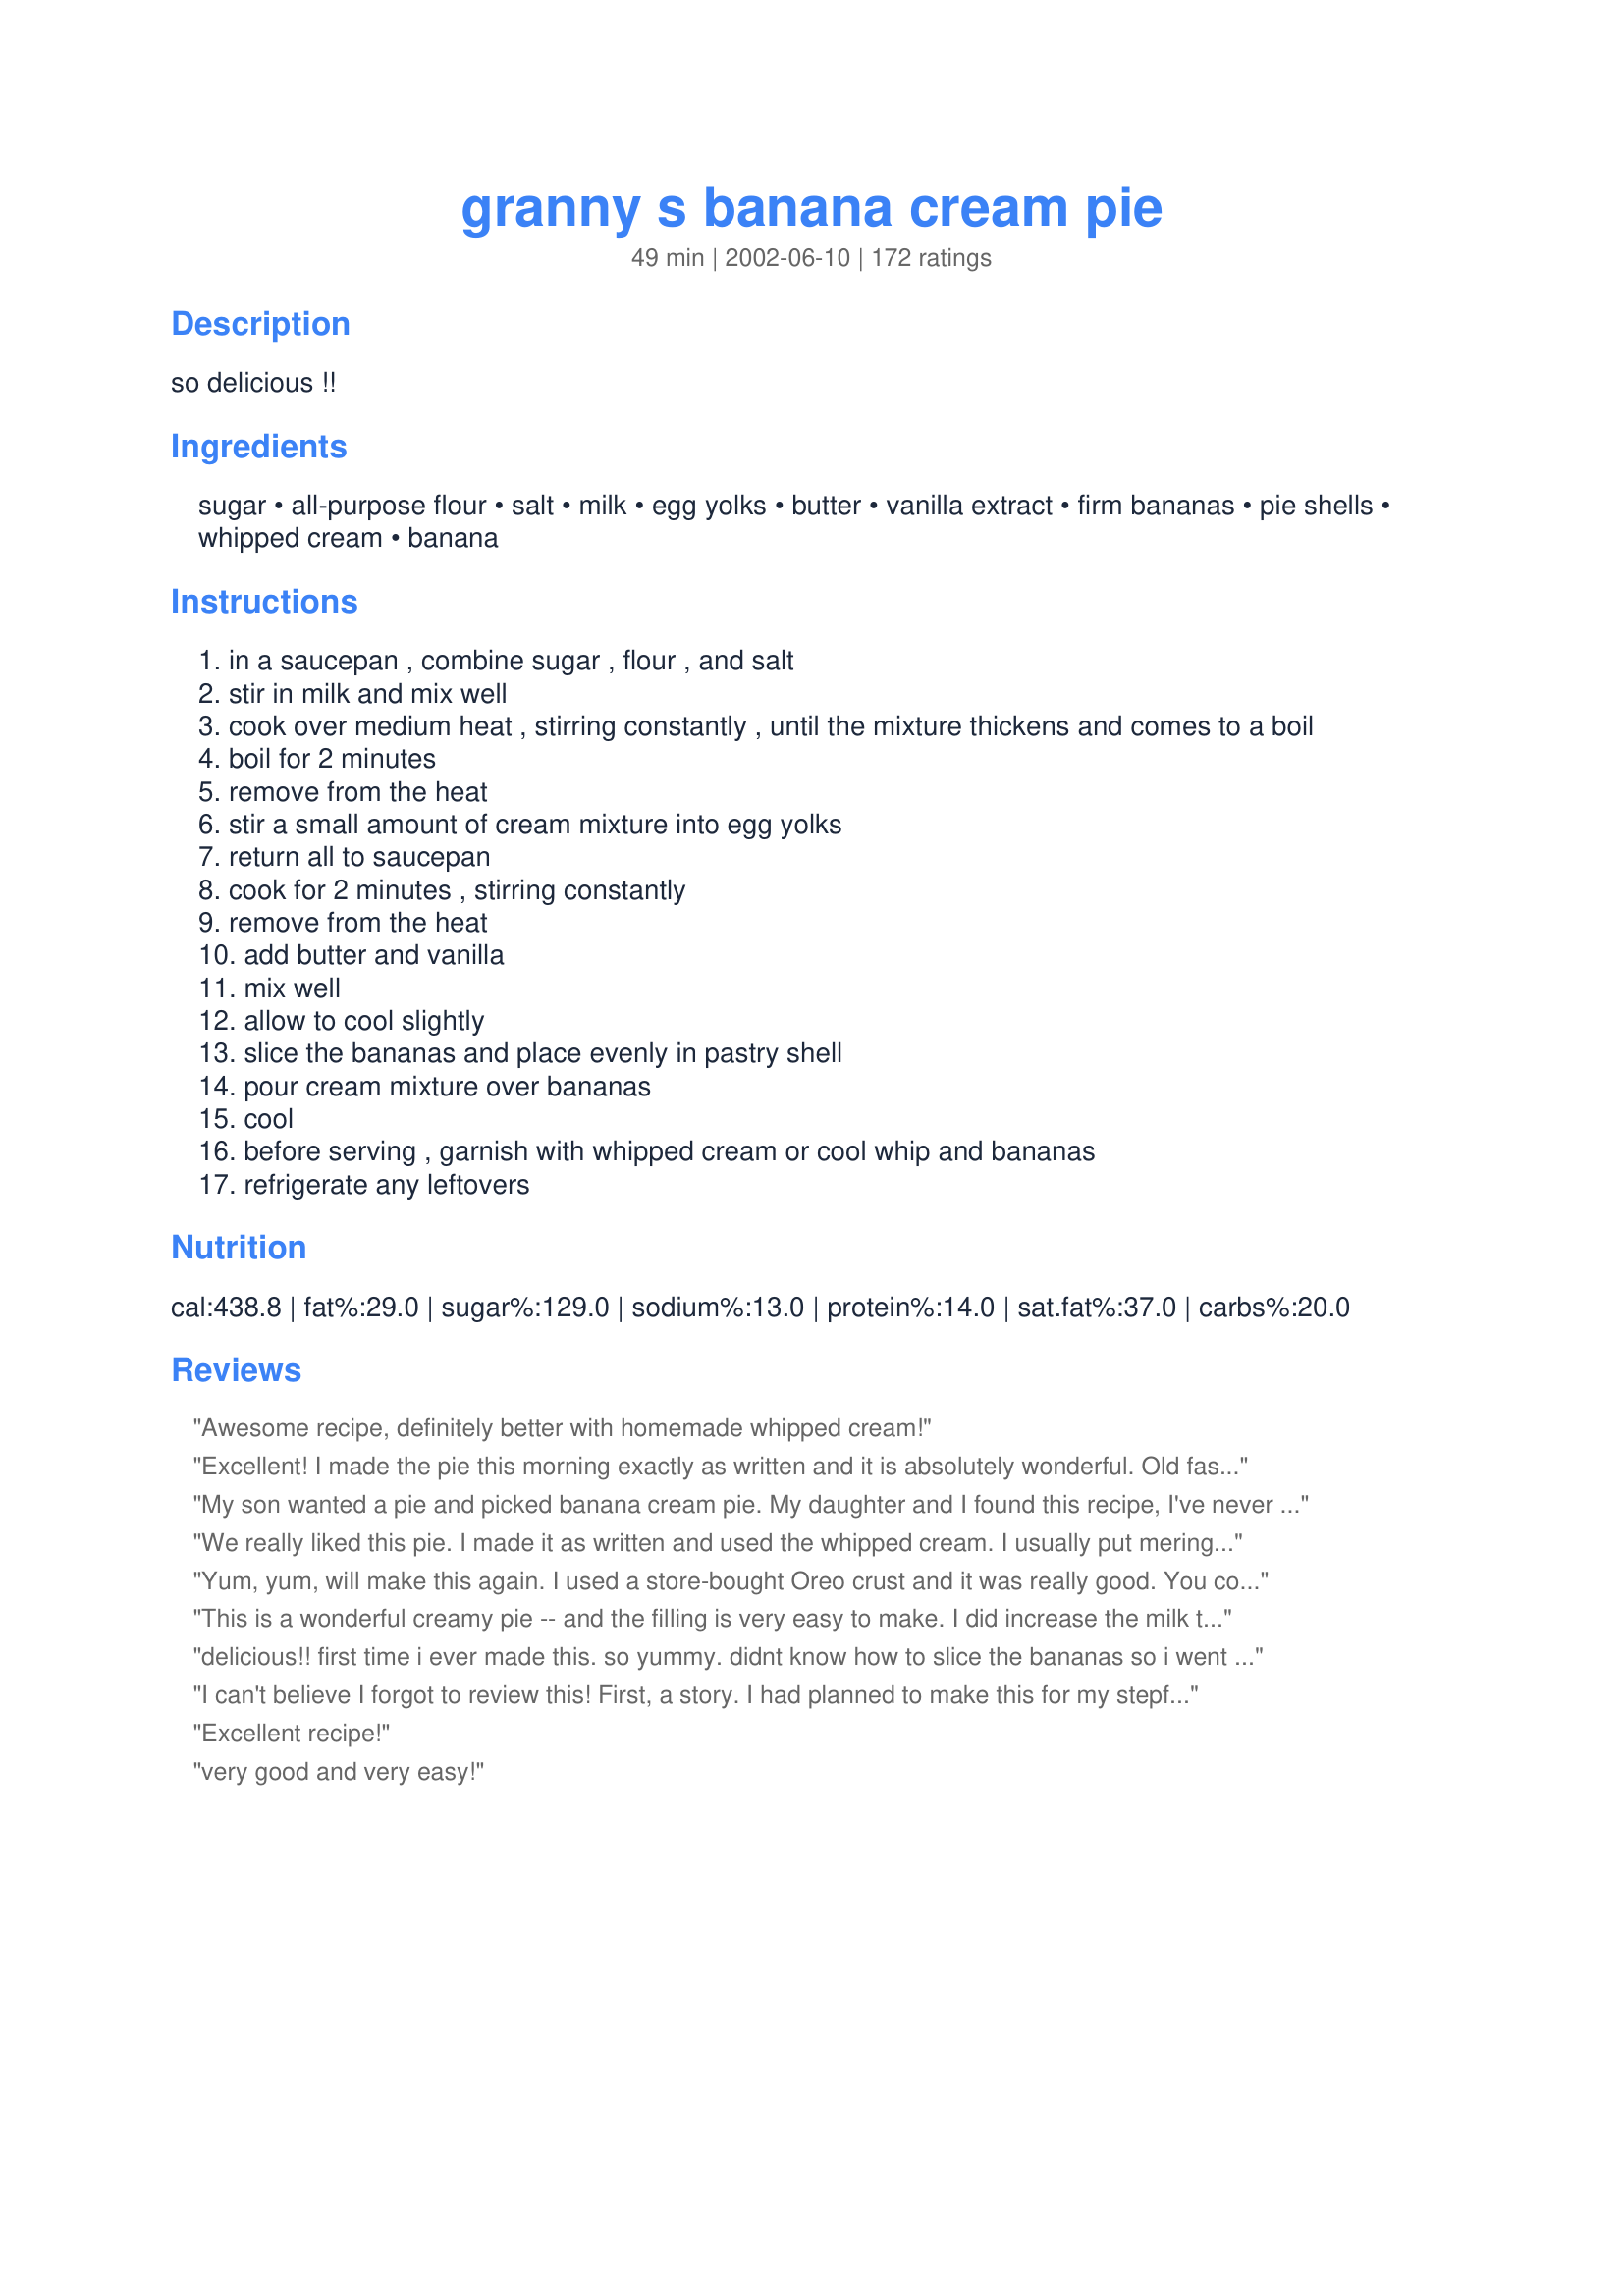
granny s banana cream pie
Preparation time: 49 minutes

so delicious !!

Ingredients:
sugar, all-purpose flour, salt, milk, egg yolks, butter, vanilla extract, firm bananas, pie shells, whipped cream, banana

Steps:
in a saucepan , combine sugar , flour , and salt
stir in milk and mix well
cook over medium heat , stirring constantly , until the mixture thickens and comes to a boil
boil for 2 minutes
remove from the heat
stir a small amount of cream mixture into egg yolks
return all to saucepan
cook for 2 minutes , stirring constantly
remove from the heat
add butter and vanilla
mix well
allow to cool slightly
slice the bananas and place evenly in pastry shell
pour cream mixture over bananas
cool
before serving , garnish with whipped cream or cool whip and bananas
refrigerate any leftovers

Reviews:
Awesome recipe, definitely better with homemade whipped cream!
Excellent! I made the pie this morning exactly as written and it is absolutely wonderful. Old fashioned full rich flavor -- bananas, pudding and whipped cream. Yum...yum...yum!!!
My son wanted a pie and picked banana cream pie. My daughter and I found this recipe, I've never made banana cream pie before and it was AMAZING!!! I used graham cracker crust and whipped up some fresh whip cream. My husband even ate a piece and he doesn't even eat dessert. He also loved it. I was the star of the night! Thank you.
We really liked this pie. I made it as written and used the whipped cream. I usually put meringue on banana cream but will make it this way too. My kids asked me to make again, so it was a big hit.....thank you for posting.....Stephanie
Yum, yum, will make this again. I used a store-bought Oreo crust and it was really good. You could use this filling for a coconut pie too. Will keep this one. Thanks!
This is a wonderful creamy pie -- and the filling is very easy to make. I did increase the milk to 2 1/2 cups and it was perfect. The finished pie sliced so perfectly -- unlike some other cream pies I've made that fell apart when cut and served. I can see that this would make an excellent coconut cream pie as well!!!! UPDATE: I can't count the number of times I/ve made this pie -- it is PERFECT every time. I also wanted to mention that I always use Splenda in place of the sugar -- so far no one has noticed the difference!!!!! This a great dessert for my diabetic hubby.
delicious!! first time i ever made this. so yummy. didnt know how to slice the bananas so i went for very thin and that was successful!
I can't believe I forgot to review this!

First, a story. I had planned to make this for my stepfather's birthday a few months ago. Wrote down the ingredients the night before, took a trip to the grocery store, had everything ready and was feeling optimistic about how it would come out. Then the next day I went online to find the recipe - but this site was down! I swear I almost had a panic attack. I finally found a recipe elsewhere and since it looked similar, I decided it would be an ok substitute.

Little did I know, it was the exact same recipe EXCEPT it said to bake the filled pie for something like 15 minutes at the end. I did, and I ended up with a thin but noticeable layer of skin on top of my pie. That, for me, ruined the whole thing. I do have to admit, it still tasted out of this world.

When Recipezaar was back up and running, I came on here to check the recipe I used against yours. I had to laugh when I realized yours didn't involve baking the custard. If only I had printed this out the night before, my pie would have been absolutely perfect.

Still a great tasting pie, so I'm giving this 5 stars. It was simple to make and yielded impressive results. It's my own fault that I messed up and baked it.

Thanks for posting!
Excellent recipe!
very good and very easy!
Delicious and easy as pie!!! Really!
YUM!!! I was a little worried because I messed up and had the order of things got messed up. I ended up having to do the second cook time WITH the vanilla, bananas and butter. The bananas kind of cooked away into it. I was mainly worried it wouldn&#039;t set up and just be a puddle of pie when I served it. But I went with it, poured it into a graham cracker crust and stuck it in the fridge. went back a couple hours later and it set up nicely!! It was so delicious! Perfect with whipped cream. Yay, thanks!!
This is very easy to make and it tastes great! My four-year-old and I had a blast making this banana creme pie and will definitely be using this recipe again in the future. As some others did, we used a graham cracker crust. I think we might be trying with a deep dish next time, and I would definitely recommend a tub of Cool Whip instead of a canned alternative.
Delicious and very easy to make. It was the first time i cook or eat banana pie and all the family loved it.
Updated: I removed one star from my rating. After refrigerating, the consistency of the pudding was as previous stated by another reviewer "globby". Perhaps the suggestion of mixing the bananas and custard would help. It was perfect consistency at room temperature with great homemade flavor! In something this simple, I think it is imperative to use real butter and pure vanilla. Would definitely make again to eat at room temp! Next time I might put a layer of melted chocolate between the pie crust and banana layer..
I have never done well with custard it puddings this was easy and turned out great not picture worthy but super delicious made for my Dad's 85 birthday he said it was fantastic his favorite and now mine Thank you sooooo muck
Excellent recipe! I found if I did not exactly cook the 2 minutes it would not stiffen up like it should. So make sure you cook it for the full 2 minutes each time it says to! This is a GREAT recipe!!!!
This is a follow up after tasting the entire pie. My family thought this was fantastic! I wouldn&#039;t change anything about this recipe and I will surely be making this again. Thank you for sharing such a wonderful recipe!&lt;br/&gt;&lt;br/&gt;Although I haven&#039;t tasted the entire completed recipe I am very pleased with the simplicity of having a homemade pie recipe at my fingertips. The directions were very clear and it only took about 10 minutes from start to finish to have this pie in the refrigerator setting for Thanksgiving tomorrow! My children and I tasted what was remaining in the pan once I finished filling the pie crust and it was AWESOME! My children were all disappointed that they would have to wait to taste the entire pie until after Thanksgiving dinner. The only change that I made was by using a graham cracker crust in place of a regular pie crust only because I couldn&#039;t quite recall the recipe when shopping. I will return to review once we have tasted the completed pie to add any additional remarks or changes that I would make in the future.
Made this for a work luncheon last week, then again for Easter. Got rave reviews. Did even have a sliver to bring home. Will definitely keep this one. Very easy, but Yummy!!!
My first time making a home-made banana cream pie (that didn't call for banana flavored pudding)...very impressive! I used a roll-out Pillsbury crust from the refrigerator section at the store, but it was too thin. Maybe next time I'll double up on the crust and will try adding banana extract. Yummy pie!!
My daughter made this for her father for his birhtday. We doubled the filling and put it in a 9x13 pan with a crumb crust. Devine! Be very careful to keep the heat low and stir constantly.
My, Oh My, what a pie! I'd been looking for a good recipe for a homemade banana cream pie. I'm glad I found this one! It was so easy to make, set up perfectly, and the family raved about it. So much so that I'm making them another one tomorrow! I made homemade whipped cream, using heavy cream, to top it. Thank you for this excellent recipe, which is now my go-to for banana cream pie.
WOW! What a great receipe! I made it for Thanksgiving and it went faster than any other pie. Very easy to make..it didn't take an hour of stirring, I stirred only occassionally until it really started to heat up, then I stirred constantly. I bet this would also be great to modify and make it coconut cream pie!
I will definitely make this again!
Absolutely wonderful. The cream without the bananas reminded me of the filling of a long john pastry that a local bakery use to make when I was a little girl. The recipe is so simple yet very rich in taste. Thanks to you NurseDi I can go down memory lane each time I make this.
Loved it and so did my company. Easy to do, just a lot of stirring. I will make this again.
Easy to make and tasted wonderful. Made this for Thanksgiving dinner and received rave reviews from my guests. Thank you for a new family favorite.
I just made this pie and it turned out great, I followed the recipe exactly. I used 2% milk because that was all I had but it worked. Now I&#039;m waiting on my whipped topping to get here lol. I also used very ripe banana&#039;s and my homemade vanilla extract.
This was an amazing pie that was surprisingly easy to make! It was my first attempt at a cream pie and it turned out great. Everyone loved the flavor and the entire thing was gone within minutes. Thank you for a definite keeper in my dessert files!!!
This is a good pie if you like that thick, rich custardy kind of pudding pie.
love this pie thank you
Great recipe! I used gram cracker crust, an extra banana and a little more vanilla and the pie was fantastic. I am confident that when made as written the pie would be just as good. I made it for a dinner party and got rave reviews. Thank you for sharing.
This was a fun, super easy recipe! I was able to beat the eggs into the original mixture before I even started cooking it. It worked beautifully and thickened right up. Very sweet and delicious - thanks for a great recipe! Yum!!
Perfect recipe. I usually softer ripe bananas, was just fine.
YUM! So easy and so delicious you almost don&#039;t need the pastry! One of the best banana cream pies I have eaten and I&#039;ve worked my way through a few!
5 * * * * * stars! This is now one of my very favorite desserts! I have never made a banana cream pie from scratch before. For the crust I made recipe #32495 I didn't have any whole milk, just skim so I used 2 C skim minus 4 TBS and added 4 TBS heavy whipping cream. The pie set up so nice. I did experiment a little and made it into a banana coconut cream pie: when I heated the milk mixture I added 1/3 c sweetened coconut. It took me about 13-15 min on step 2. On step 6 I added about 1 1/2-2 tsp creme de banana liqueur. Topped it off with coolwhip and toasted coconut. My husband loves you ratherbeswimmin', you have the best recipes! Thanks
yummy!!!!!
Ive personally never liked banana cream pie,as they all seem to use banana pudding as the filler..But this pie was great..I baked a crisco pie crust and followed recipe exactly,very easy and didnt take any time at all to make. Even less time to eat it.Highly recommemd this recipe..Its laminated in my cookbook..Well make it often..Thank U for posting recipe.
I had never had a banana cream pie in my life before I made this one. I think I've opened up Pandora's box! My aunt raved about how it tasted just like her mothers used to. Absolutely wonderful!
This was the first time I ever made a banana cream pie and it was fantastic!
It tastes good, it's quick to make, and doesn't need to bake, making it a perfect, cool summer dessert.
Had the family over...they all loved this pie. No leftovers! This pie is super easy to make. I didn't leave it boil for 2 minutes. It was already thick enough once it started to boil.
Very yummy! Even my BF ate it and liked it and he doesn't eat creamy pies. I didn't top it with anything and it still tasted great. Used a pre-made pie crust. This ones a keeper thank you!
I bake several times a week but cream pies are not one of the more common goodies I make. I absolutely love them but making pie crusts intimidate me and I don't like store bought crusts. But I made 2 crusts - using the recipe off the back of a Crisco can but using a mix of 1/2 shortening & 1/2 butter. The crusts were not too pretty but very flakey & delicious. I then started on my filling and to my surprise - it scorched and burned horribly on the bottom of my saucepan! I was devastated! I had it on medium the entire time and stirred in constantly. I tossed it and tried it again using a different saucepan and did not turn it above 3 1/2 (my stove goes 1-10). I'm not exaggerating when I say it took 1 hour & 50 minutes to reach boiling temp and I was stirring it the ENTIRE time. I was determined NOT to burn it. I used a mixture of half n half & whole milk and I filled each pie crust with 1 1/2 recipes of filling. One recipe of filling didn't seem to be enough. I topped them both with vanilla sweetened heavy whipping cream whipped to stiff peaks. This pie is VERY rich. I would say that using entirely whole milk or even 2 % would be better. And I usually like really rich but this is decadent. In one pie I put banana slices on the bottom and the other I left just as a vanilla cream pie. They set fairly quickly. My cream seems to be a very dark almost butterscotch color. The photo above seems to be lighter? I like this pie but I'm thinking that maybe folding whipped cream into the filling might lighten it a bit. But this recipes is definitely better than using pudding or cool whip. Takes time but you'll love it. Just be sure to watch it on the burner - it scorches so easily.
Delicious! My kids enjoyed it. Thanks NurseDi!
This pie was great and easy to make:) You will love it!!
Very simple and very yummy! I made it for our friend who works on our computer and he loved it! That was good to hear since he is a dessert critic.
Really yummy pie! Making it again within a two week period.
Wonderful!!! This pie filling will stand up to any I have ever tasted! Very easy to follow directions. I used bananas that were pretty ripe, so I only used two of them. The filling is very creamy, great homemade taste. I made whipped cream using heavy cream. It was fantastic!! This goes into my keepers file! Thanks NurseDi!!!
Delicious! The custard was perfection and so simple to make. I used a premade graham crust to make life easy. But it was delicious anyway and I will make again. Great easy go to dessert. I always have these items on hand!!
My first attempt at making a pie, and this went over really well with my company. There wasn't a piece left for me! I loved the idea of the real bananas instead of banana pudding. The flavor was SO much better. Thanks for posting Granny's recipe! Kim
Tastes great, thickened up better than other recipes I've tried.
I made this pie yesterday, and I have to say that our family found the filling very bland. I did like having the bananas under the filling, and not on top. I don't like having to rate this with only three stars, since I have made many of your recipes and they have always been really good, but I wanted to be honest.
This was my first time making banana cream pie and it turned out wonderful. The directions are nearly fool-proof and the finished product was delicious!
This is the same recipe as my Mom always made. Like her, I made with graham cracker crust and mirangue instead of whipped cream. Very beautiful and not quite so heavy and sweet. Sure brought back memories!
The most wonderous Banana cream Pie we have ever tasted. I never. OMG!! This is the Best Best Pie I have Enjoyed Making as well as Devouring. Made twice, once as directed, and one deep dish with 5 Banana's. I didnt change the amount of custard. even more unbelieveable. 100 Stars A TOP "10" Thank You for the recipe.
I liked the taste of this pie, unfortunately I found the texture to be a little like jello. I am thinking if I would of eaten the pie right away it would of been better...I made it the night before we ate it.
This pie was very good but I thought the pudding mix was a little to thick. It didn`t mix with the sliced banana`s very well. Maybe if you pour some of the pudding mix into the pie shell first before you add the sliced banana`s then pour the rest over the banana`s. It held up well in the frig for a couple of days. Very taste.
Scrumptious and sooo easy! Koshka and I added a mashed banana to the cream mixture before putting it in the pie shell and used another one for garnish on the top, as well as some of the crumbs from the pie crust. No need to be shy when considering the banana-y factor of such a dessert! Thanks for posting the recipe! :)
Delicious! This pie was so easy to make with items that I almost always have on hand. My husband and son could hardly wait to dig in. It reminds me of banana pudding in a pie shell! Great for the summer months, but we made this on New Year's Eve, when I realized that I didn't have a desert for our dinner. Thanks for the keeper!
This is wonderful. It is easy, fairly quick and so tasty. This is my permanent Banana Creme Pie recipe.
Mmmmm. I've never made a pudding pie without a box of pudding! This was worth the extra effort. Very old-fashioned. Very tasty!
DH said this pie was the best he'd ever eaten! He is not normally one for desserts but he ate three pieces of this and wanted more!(I had to say no, leave a piece for the kids!) This is really good and I will probably make it often! Easy to make too! Had never made homemade pudding before!
This recipe is fabulous and oh so easy. I substituted splenda. Also made it deep dish because I had 5 bananas. VERY GOOD!!
This is wonderful stuff. Wow, I can't believe I made this pie and it turned out so well. My family is pretty amazed, too. Believe me folks, if I can make this pie, anybody can. Banana cream pie has been a favorite since I was a tot. I usually buy one from a local diner when I get a craving. Now I can make them myself and the taste is even better. The cream filling was luscious and dreamy. Not all that hard to make, just have to stir a lot. I used real whipped cream and it was heaven. Thank-you for posting this recipe.
I have never eaten nor made banana cream pie before. This was great! The cream filling was so yummy I was trying to figure out what else I could pair it with. My bananas were pretty ripe so it didn't hold up well. Next time I will try using firmer bananas.
Fantastic flavor and easy to make.
I'll be adding this pie to our Thanksgiving & Christmas meals from now on! It received rave reviews from everyone; it's very creamy & delicious!
Really good. The pie filling set up really quickly. I was a little worried since I only had skim milk on hand, but it still worked beautifully and tastes delicious! I actually liked it even better the second day after the bananas and filling had some time to get to know each other. I will definitely never use packaged banana pudding again!
This pie is excellent! So creamy and delicious. It just takes minutes to make. Thanks for posting this recipe.
Made 3 different pies for Thanksgiving. Apple, sweet potatoe and a banana cream. The banana cream pie never had a chance. Like the movie "Gone in 60 seconds". Thanks NurseDi.
Thank you for this recipe. I have made this manyyyy times and each time, it&#039;s perfect. It&#039;s such an easy-to-follow recipe and quite delicious! Thank you so much! :)
I guess this was the weekend was for me to try ranterbeswimmin's recipes. Gues what they were both really great! Banana Cream Pie is my DD's favorite ande I made this for her birthday. I followed the instructions to a 
T and enjoyed a beautiful and wonderfully tasting recipe. This goes into the tried and true file. Thanks so much for posting!
The second top rated banana cream pie recipe is almost exactly the same but the amount of milk in the other recipe calls for 3 cups of milk were this recipe calls for 2. I have made both recipe and find that using 2 cups of milk instead of 3 taste and firms up better.This recipe is basic yet so delicate. If you don't cook the cream long enough its a soupy mess but if you cook it too long the cream is to stiff. This is were one has to use your cooking intuition but for those that are not there yet I found that cooking the mixture over medium heat stirring constantly for 9-10 minutes then proceeding with step 3 made a perfect filling. I hope this helps. Oh and of course whole milk works best (its a cream pie). Thanks for posting!
Wonderful Pie! This was the first pie finished on Thanksgiving day. My son thinks I have finally arrived, the perfect banana cream pie! Thanks NurseDi!
I made this by following the exact recipe and it came out amazing! The only difference is I coated the bottom of the pie shell with nutella and put banana pieces over that (only needed two bananas), and then poured the vanilla filling over it. Although it was a bit on the sweet side, my family could not stop raving about it! Thank you for the great recipe!!
This is my husband's favorite pie and since it was Father's Day, I made it for him. He was very surprised and delighted. The cream filling was as good as any I have tried. I even whipped real cream for the topping. The directions were easy to follow and I wouldn't change anything. This one goes down in our top 10 favorites.
I made it today,and Although i havn't had a full slice yet,from what i did have it was very good! The only problem i had,and it may have been my fault was the filling was a little runny. But like i said,it may have been me.
This was wonderful. I made it for a gathering with my brother and his wife. So tasty. So good in fact that I am making two more today, one for my sister in law's birthday (she loved it the first time) and the second for our dessert on family night. <br/>Thank you so much.
This was a very good pie. I made two of these and shared with co workers. I did make my own whipped topping from scratch. Thank you for sharing your recipe.
Simple, quick and tasty. Ended up with more crust then I needed so I came here looking for a pie recipe to use up the lonly crust. Came across this recipe and decided to give it a whirl. Results were rewarding with ingredients readily available on hand. Will make it again but I will mix the bananas into the filling as we all thought there wasn't enough of it on the bottom of the pie. Also sprinkled some sweetened coconut of the pie before it cooled. Kids loved it and each had two pieces AFTER dinner. Will definitively make it again.
What can I say but, WOW!!!! AMAZING!!! Thats all I could get out of DH. He's not much of a dessert fan, with exception of a good banana pudding. He ask me if I could find a good recipe for Banana Cream Pie on Zaar. (my favorite place to be) I found this recipe and wanted to try. Alot of great reviews on this one. The list of ingredients was perfect. I did everything to the tee, with the exception of instead of 2 cups of milk I used 1/2 cup milk and 1 1/2 cups half and half. (needed to use to clear out fridge) I used deep dish 9" pie shell. Also used butter. Oh, and added about 2 tsp vanilla, mostly by accident, but it sure didn't hurt anything. I sliced 1 banana and layered on the bottom. The other two I sliced and mixed in with the cream mixture, and poured into crust. I loved how rich and creamy it was. DH said "this was the best Pie anything that he has ever had. And 10 stars! We loved it! Also, the directions were right on, and easy to follow. Thank you ratherbeswimmin' for an AMAZING dessert!
I have a husband who said in the morning that he "does not like banana cream pie"... and in the evening had changed his mind, thanks to this recipe. I'd say that's a 5 star earned, if I've ever seen one! Thank you for sharing!
My recipe, too. If you don't have to make a crust this pie can be made in 20 minutes and cooled enough to put the topping on in 30. No way do you have to stand and stir for an hour or I wouldn't do it. I know it's a hardship but you'll have to eat this pie relatively quickly. Due to the bananas, it doesn't keep well at all.
This pie is a winner! Everyone loved it. One relative who claims he is a banana cream connoisseur said it was the best he's ever had as he took a 2nd piece. A keeper for sure :)
This is so good! I made a similar recipe for this pie and the difference that one less cup of milk makes is unreal! This definetly didn't need a garnish to enjoy! Thank you NurseDi! It's a keeper! I will be making it for my family and friends!
I loved how thick the cream was! I used the suggestion of another reviewer and mixed the bananas with the cream before putting it in the crust. I also used pwd. milk in place of the milk (6 Tbsp. pwd milk, 2 cups water). I took another reviewers suggestion and made a vanilla wafer crust...my husband loved it! Thanks for the great recipe...it's our new favorite for banana cream pie!
What an amazingly delicious recipe! It has a wonderful, silky texture and a delicious homemade flavour that no boxed pudding could achieve. I have made this pie several times now and the key to this pie being it's best is letting it chill for several hours in the fridge... preferably overnight. If the bananas are completely covered with the custard they won't go brown. It tastes really good if you only chill it for 2 or 3 hours... but when you are sneaking to eat a piece for breakfast the next morning (and you will want to... believe me) the difference is so dramatic it's almost like a completely different pie. Thanks so much for posting this recipe.
This is the 3rd time I've made this one - gets better every time. Very quick and easy - thanks for sharing it.
This was very good! My new boyfriend has always loved Banana Cream Pie, he always asked for it for his birthday. lol Because he likes a big banana taste, I added some sliced bananas to the top of the pie before I added the Cool Whip. He LOVED it! Thanks so much for sharing ratherbeswimmin.
The cream filling requires a lot of stirring, but be patient because your efforts will be well worth it. I followed the recipe exactly, with one substitution...I used 2 1/2 cups of whole milk, rather than just 2 cups. Thank you for sharing this wonderful recipe.
My family loved this! Yaaaaay!

*I used Keebler's Graham cracker ready-crust. As for the bananas, I used the ones on the riper end but still firm--so the pie tastes more banana-ish.*

All in all, GREAT Recipe! Thanks!
Made this for our 2004 Canada Day Celebration...Pie, Pie, Pie...I love pie...but I adore this pie! I very rarely taste foods as I prepare them but when I was putting the filling into the pie shell I could not resist temptation...wow! Forget devil's food cake I told all my friends and family on Canada Day that this was Devil Temptation Pie...it just tastes too good to be real. Thanks so much for sharing this recipe!
I have never tried banana cream pie until tonight but in certainly going to be making this recipe again!! I used a frozen ready made pie crust and i also added a little vanllin sugar to the cream mixture for some extra vanilla flavor. My boyfriend definatley enjoyed it and he only like savory pies. Going back for seconds right now!!
I've made this pie a couple of times now. It goes together nicely, however I found the mixture a little too thick to just pour over the bananas. I didn't want gaps between the bananas so I mixed them in to custard and then poured mixture into pie crust. Nice Pie!
The cream part of this pie is AMAZING! I added some strawberries as well as the banana and the pie was gone in no time!
This is very, very yummy! I followed the recipe to a "t". The only thing I would recommend is layering the cream, then bananas, then cream; it was difficult to get the cream to go all the way to the bottom because I had already put the bananas in the pie shell- I just wound up lifting the bananas up with a spoon and pouring more cream in all the way around. I had extra cream and more bananas, so I mixed them up in a bowl and took them over to my (happy) neighbor as banana pudding. I had another pie shell that I could have baked if I'd wanted to make another pie (and enough filling for it), but I'd already turned the oven off and didn't want to heat up the kitchen again. It does work well as pudding too. Very good recipe! Makes me wonder what I can do to tweak the recipe- what other fruits and flavors I can use. I will definitely be making this again.
This was delish. I mixed the bananas into the filling as that is how I like it, then let it sit over night to marry all the flavors, wow, so good. I find it is better if the bananas are slightly over ripe, as they are more flavorful. Also I made coconut creme pie with with this recipe just substituting the coconut for the banana, man it was so good. I made a graham cracker r crust as well instead of the traditional one, I think it added to the flavor. Thanks for the great recipe. It is a keeper for sure
THEE bestest PIE ever. I've made it about 5 times, and it's pure comfort grandma food at its best. I wasn't a banana cream pie fan, but I am now. I made it because my youngest son said he always wanted to try one, and I trust ratherbeswimmin recipes. Like another reviewer said, I now constantly assess how many bananas are in the house, judging wether or not there's enough to make a pie should i want to! I'm happier when there's at least 3 bananas around. :O) I also mix the bananas in with the cream mixture, within 5 minutes of adding butter/vanilla stage or it doesnt mix as well. Fabulous banana cream pie...this is a definite blue ribbon winner. Thank you! .
I used a gram cracker crust, very good.
Made it just as recipe called. Added sliced almonds.
I hate to be the party pooper here, but this recipe didn't really suit our taste. It was easy enough, but I followed the directions to the letter, and the filling that you pour over the bananas had the consistency of congealed gravy after the pie had been refrigerated for 8 hours. It was very gelatinous with a jello-like mouth-feel. Also, the pie was really bland overall. I ended up throwing the whole thing out. Sorry NurseDi... it just didn't work out for me. :(
This was my first time making pie and it turned out amazing. Was such a hit I&#039;ve already been asked to make it again.
I tried this recipe and also the recipe by Dejah # 37006. Dejah uses cornstarch and this recipe uses flour. I have to say that the cornstarch recipe tastes much better, and both have the same basic ingredients. This one has more reviews and its not bad, but the recipe by Dejah tasted better to me.

thanks :)
this was absolutely delicious!! my SO loved it!

i topped it with cool whip, chocolate chips and sprinkled some cinnamon on top - A+!
This has a nice flavor and texture but we'll have to make some tweaks for the next time. Maybe it's just us or because I doubled the filling but I stood at the stove for at least 30 minutes waiting on the cream mix to thicken up. Even still it was a little runny when we cut the pie so next time I'll either reduce the milk or increase the flour. I think I'll also mash a banana into the cream mix or add some banana extract. Also, I have a very sweet tooth but this was even a little too sweet for me so next time I'll reduce the sugar by a third. I topped ours with whipped topping and toasted coconut. Our company enjoyed it and we'll make it again with some adjustments. Thanks for the recipe.
Excellent and easy recipe. thanks!
One word to describe this pie, heaven, its wonderful.
I have never eaten banana cream pie before, let alone made it but I found this really easy and delicious. I made it with a friend who I am teaching to cook and he also found it really easy. I loved the taste and texture of the 'cream' layer. I used a graham cracker pie crust which added some additional flavour. Thanks for another winner NurseDi.
Absolutely delicious! Even my son, the super-picky non-sweet eater, liked this one! The only regret I have is that I'm out of bananas and can't make it again until I've made a trip to the grocery store!

I'll admit that I used a cookie crust instead of a regular crust because I had some shortbread cookies I wanted to use before they went completely stale. However, I don't think it took anything away from the recipe and I'll look forward to following the recipe to a "T" very soon.
What a great pie! I used 1 cup of sugar since my family likes things a little sweeter. I have to watch the temperature on our stove since it runs hot. You've got to watch and stir the pudding or it will burn on the bottom even with a heavy pan. The flavor is great and everyone who has tasted it loves it. I normally give away some portion of my desserts; my wife won't let this one out of the house!
This pie filling is amazing! As someone who had never made a cream pie from scratch before, I was a bit hesitant to give this a try, but I found the recipe to be very easy to follow. The suggestions given by mamadelogan were very helpful. Thanks for posting your tips. My stepson is a very discriminating banana cream pie consumer, and he loved it. I also recently served this pie filling at a party, and everyone raved about it. This recipe is definitely a keeper, and we will be making it frequently at our house. Thank you for sharing!
This is the BEST pie! My family thinks I am the best cook ever!! And how simple! You should also note that these ingrediants make the best vanilla pudding. One side note, I used a pre-made deep dish crust and it fills it to the top. Now, add the Baked Potatoe Salad (on Zaar), a steak and a ceasar salad and you've got a great cookout!
Delish! Only problem I had was burning on the bottom of the pan - but it tasted great and was easy to make.
Really Good! Everyone loved this pie. Will make again.
this is great
Although I don't like bananas, my sister's family was happy to receive this treat. I'm sure they will request it in the future. Thanks for sharing.
This was excellent. I made it for my mom for Mother's Day (she loves pie) and it was delicious. It was easy to make, and creamy with lots of banana and I used fresh whipped cream for the topping. My Brother in Law even asked for the recipe! Thank you.
YUMMMMMMMY. This is so fantastic. Nothing better than made from scatch banana cream pie. The pudding mix versions can't hold a candle to this. So very creamy and luscious. I topped with real whipped cream. Heavenly. Thanks for a real treat.
why do you put the bananas on the bottom when you use a graham crumb crust and not just put the bananas on the top of the mixture and top with whipping cream i think this would make the crust very mushy.
The cream took a bit longer to heat than I would like but it was worth the wait. I will say i will not put this in a ordinary shell again though, I think I would prefer it in a Vanilla Wafter crust. I will continue to make this.

BTW: I took one commenter idea and mixed the Bananas with he cream before filling.
I really liked this recipe. Was simple, used less ingredients than some of the others I was looking at and was very very yummy.
Well it seems that my cooking partner in crime posted her review before I could post mine. Yes I told her that she MUST make this pie!It deserves more than five stars for sure. My DH was very happy with this pie. Happy Hubby means no griping!:):):)All kidding aside this is a wonderful pie which is restaurant quality all the way. Thank you so much! PeggyLynn
My husband has been asking for a banana cream pie like his Grandmother used to make, so I picked this one. Very good! The flavor and texture was right on. The only problem I had was, the custard just sat on top of the bananas. Next time (and there will be a next time!), I'll fold the bananas into the custard mixture, then pour into the pie shell. Maybe I'll add just a touch more milk, as well.
WOW Ive never made a cream pie before but this is super easy and probably the best banana cream pie Ive ever had
this was my first time making and eating a cream pie, and it turned out beautifully! the pudding is absolutely delicious, and has a wonderfully cream consistency. With the cool whip on top, it turned to be kind of a light dessert, which i like. I will definitely be making this more often.
This is the first time I ever made banana cream pie and everyone loved it.
Boy oh boy am I glad I found this wonderful recipe!! Who knew something so delicious could be so easy! Due to time I've just topped it off with Cool Whip, but I can't wait to use real whipped cream! I've used the graham cracker crust recipe #116887 and loved it. My DH asked if we could try it in a regular crust so I guess I'll give that a go next time. Thanks for the recipe, it's one I will be using A lot!!
Can I make my review for more than 5 stars? Yummy. This was an amazing pie and I don't usually eat nor make banana cream pie. I always go for the chocolate ones first. :-) But the suggestion from Peggy Lynn (very heavily, I might add) <wink, wink> was made for me to try it and boy am I glad that I did. The only changes that I made and it is only because of personal preference was to use half and half instead of milk, use a deep dish pie crust, double the recipe and make it in layers. Banana layer, cream layer, banana layer and finally cream layer. Then of course the whipped cream. (Can't forget the whipped cream) Oh my goodness. How rich and creamy this was. My husband couldn't wait to try it and it was still warm in the center but he didn't care and I must say that it didn't matter to me either. Thank you so much for such a wonderful recipe. It is one that I will make many many times. :-)
This is definitely a new favorite find for us!! Creamy, easy to put together & so delicious :) Thanks
Very good, incredibly easy. What more could you ask for in a pie? Mine only required 2 bananas in order to cover the pie shell, and the filling only filled it about 3/4 of the way. If you top generously with whipped cream though this isn't an issue. Thanks ratherbeswimmin'!
Yum! Easy and delicious! Thank you!
This turned out great. Perfect creamy texture.
I made this pie tonight and it was the BEST!! I topped it with chocolate whipped cream and it was one of my family&#039;s favorite desserts ever! Thanks!
All I can say is yummmmm! This is the best banana cream pie I've ever had. thanks for the great recipe!
I've always wanted to make a Banana Cream Pie so I broke one of my own rules.....I made a dessert for the 'first time' (before testing it on my family first - lol) to bring to Thanksgiving dinner and am I ever glad I choose this one. With so many 5* reviews I knew it had to be fantastic..and it was. It was so delicious and creamy smooth, and so easy to put together. Because I was bringing it somewhere I didn't want the cream to weep so I topped it with my recipe for 'stabilized' whipped cream, #340006. Thank you so much for sharing your Granny's recipe.<br/><br/>Edited to say: I just now realized I never added a star rating. 5-stars for sure!
My family thought this was great. I don't really like banana cream much, but still would give it four stars. I rated it as a five because everyone else in my family loved it. This was the first cream pie I have made and the instructions were really easy to follow. I beat my egg yolks with a hand mixer until they were pretty pale because that is what I have done when I made custards in the past. I wasn't sure if I was supposed to do this or not or if it made any difference in the recipe. Make sure you heat the milk, flour, and sugar slowly. I was getting a little ADHD while I was making it so I turned it up and left it alone for a little while. Oops! The sugar burnt and I had to start over. It turned out great the second time, though. My pie crust was a little shallow so I only put about 1 1/2 bananas in. I think next time I make it, I would cut the sugar back a little, it seemed a little bit too sweet to me, but everyone else thought it was fine. Thanks much!!
I like this pie, but I realized that the custard is a standard recipe and that there is an easier way with no dirty saucepan to clean.
Mix the sugar, salt and flour, then add a few drops of the milk at a time until a paste is formed. Then add the egg yolks to this paste. Boil the milk in the microwave, add a small amount to the flour mixture,mix well, then add the flour mixture to the hot milk whilst whisking. Cook for a minute or so in the microwave. Continue as per recipe. (I also added some artificial banana flavoring with the vanilla for better flavor)
For the topping, I mixed 1 box banana pudding mix with 3/4 cup milk, and folded in 8oz whipped topping. This is a lot lighter than whipped cream.
I will definitely make this again.
I've made many banana cream pies in my life and I have to admit this one was the best I have ever had. I think the sugar makes the taste.
I made this pie for Thanksgiving and used a banana graham crust from recipe #139812. I didn't think it was any more labor intensive than using the cook and serve pudding I normally use.. very easy. It was the best pie I have ever had. It is now my favorite! Thanks so much!
Forgot to add the rating - definitely 5 stars! Made this yesterday and it was absolutely delicious! If this is your granny's recipe, she really knows how to make a great pie. Thanks so much for sharing this recipe.

Terrific!! I made this for a dinner party and everyone loved it. The only thing I did that was different was that I added a handful of coconut on top of the bananas. I just love coconut!! Will make again!
Definitely a five star. As with any good recipezaar recipe it is more the process and not the ingredients per se that make the difference. For steps 2 and 5 to only go forward when you have a very good thick consistency. Especially for step 5, it has to be very thick. Also recommend a heavy Calphalon pan.
Yummy, yum, yum!!!!
First time custard maker here. Turned out perfectly and was a huge hit in my household. Definitely a keeper, thank you!
Excellent Recipe!!! It was very easy to make!!! I added bananas on top after refridgerating for a few hours, then I put the cool whip on top. The pie was all gone by the end of my party!!!
yummy, what else can i say !
I have been using this same recipe since I started making banana cream pie forever ago! I always top mine with sweetened whipped cream. It is also delicious to use a baked graham cracker crust instead of the pie crust. So nice to see people love this as much as my family does. Thanks for posting!
The only recipe I'll ever need! The only thing I've noticed is that it definitely takes longer than 2 minutes to thicken but the smoother you can get the filling, the tastier imo! I also wanted to add that during the dry combo mix before the milk goes in, I put a few pinches of nutmeg and sprinkles of cinnamon to add some fragrance in my filling - cinnamon is very strong in such a subtle recipe so make sure if you try it, you only put a little! I also brush the bottom of the pie crust with melted chocolate. Sometimes I will slice extra bananas on top, sometimes I don't. Sometimes I eat it with whipped cream and drizzle caramel sauce, sometimes I don't. Either way I feel to alter it, it's been a hit since I made it for the first time two years ago during the holidays and now my family beg me to make it for them throughout the year! Thanks for a great recipe.
I've made this recipe twice now, I love how simple it is and how tasty it is! The second time I decided to leave out the bananas so I could save the leftover and not have the banana's turn brown on me. I also decided to add a thin layer of caramel between the base and the cream to make it more like a banoffee pie. The results were fantastic! I served with freshly whipped cream and some sliced banana. This is a recipe I will use over and over again :)
I was looking for a fun, simple dessert to make using what I had on hand and this recipe popped up. It came together so quick, the the filling was creamy and delicious, a great way to top off a meal. I&#039;m looking forward to making it again using a graham cracker crust. Thanks for sharing the recipe.
Really good. I wish I would have read the reviews thoroughly first because one of the reviewers said to mix the bananas into the custard and I think I would have done that. That would have been the only change I would have made. Otherwise, excellento!!
Perfect banana cream pie! My DH made the pudding mixture and it was so good. I did use skim milk and next time I think I would use whole milk for a creamier pudding. It is thick but pourable and covered all the sliced bananas. Next time I would also double the pudding recipe and add a bit of lemon juice to the bananas as mine turned brown. Topped with Redi Whip and there was only a small piece left at the end of the day. This pie is easy to make and tastes so much better than what a bakery can make, less expensive too. Will be making this pie a lot!! Thank you for a great treat on the 4th of July.
Wow! This was wonderful! I haven't made a cream pie in years, but when I found out Banana cream was my uncle's favorite and they were coming to town for Thanksgiving, I decided that i'd be making one for dessert. A couple weeks or so before the holiday I, my husband and our son went out for breakfast. We ended up bringing home a Marie Callendar's Banana Cream pie to test out and compare to this recipe. Well, forget it! This recipe blew it right out of the water! Not only was it easy (with the exception of an hour of constant stirring; i just pulled up a chair), but you just can't beat the fresh, homemade taste.
Everyone raved about it! Thank you for this bananariffic keeper!
i am going to try to make this this weekend :)
Tasted great after a few modifications...I reduced the sugar by a couple tablespoons and used skim milk. Instead of a pie crust, I laid the pudding over puff pastry squares and added a variety of other fruits (blueberries and strawberries) on top in addition to the bananas.
I made this for my husband's birthday. He LOVED it and ate 4 pieces! He said it tasted like his grandmother's banana cream pie.

I forgot to buy a pie shell and can't make them so I made a graham cracker crust for it. 

Also, I omitted the whip cream topping and instead toasted some coconut and threw it on the top. 

Making another today!
this was my first time making banana cream pie and i was scared it wouldn't turn out but it was great. i stirred it approx. every other minute and it took about 15 mins to get to a boil. i forgot to boil it for a whole 2 minutes so it prob. could have set better. i only let it cool for maybe 5 mins before i poured it into the crust and put it all in the fridge. (i used the no roll crust recipe and that stayed crispy even with the warm pudding). i also mixed the sliced bananas in. i didnt even have whipped cream but it was delicious.
I made this as a surprise for my husband. This pie tasted so great. Rich and creamy filling. Very easy and I topped with Cool Whip because I didn't have time to whip any cream. I am sure that would make it even better. Outstanding :)
Mmmm! I never thought it would be so easy! I paired it with the Cookie Nut Crust recipe, and it turned out great!
Just made this pie again, and wanted to add,it is easier to cook the custard in the mic, so will be doing it that way now. :)

I added 2 tsp. Watkins Banana Extract to the filling, and layers bananas on the bottom and top of the pie. I baked a graham crust and I would use this again, it just went really well with the creamy filling.

Oh,I wish you could have heard the kids, they ate the whole pie for dessert after a big supper.

They are asking for another one. Isn't going to happen today, lol !
Thanks for posting.
With all these great reviews what is left to say? A delicious tasty pie prepared according to directions. Used a graham crust, layered the filling and bananas and topped with real whipped cream with a little vanilla and just a teaspoon of sugar; the filling, bananas and crust were sweet enough.. I dipped slices of banana into lemon juice (to prevent browning) and used them to decorate the cream topping. What a sight! Delicious!!!
This was so amazing. The first time I made it.. it was good but globby. I think I had overcooked it. The second time, I did exactly as the recipe said, except at the end I cooked a few minutes longer than 2 minutes. I topped it with homemade whipped cream. The texture and taste was absolutely perfect, better than any diner's. It didn't take that long either.. probably about a half hour. Thanks for such a great recipe!
I made this pie for the second time and followed the directions exactly. This is one of the few cream pies I have made that has turned out firm, yet creamy. Thank you for a wonderful recipe. I made this with a homemade graham cracker crust.
I cant vouch for results, since I couldn&#039;t eat it, but my mom said the plain custard was great, but became too sweet once with bananas. We did use very ripe bananas though. My dad said &quot;5 stars!&quot; but he is easy to please ;)&lt;br/&gt;&lt;br/&gt;For the milk, I used 1 cup of half and half, and 1 cup of 1% milk. A suggestion was to use full cream next time to it richer.
Well I LOVED the taste of this. I added another 2/3 of banana on top and then added the whipped cream. Only thing is after I put the toppings on I forgot it on the kitchen counter. So we had a banana cream puddle. Obviously it wasnt the recipees issue. Next time I will refridgerate it and we will have a pie not puddle. But to be honest it tasted so good I would be happy with such a great tasting puddle anyways!!
I love homemade cream pies, and this one was worth the time too. The flavor is absolutely delicious! I sliced two of the bananas into the crust, and the third banana I sliced into the cream before pouring it into the shell.
I'm sorry...but this was not anything that I expected. I made homeade pie crust, so luckily people liked that....but what a waste of time and bananas. The filling never set, and there was too much for one pie. You need at least 2 twelve inch pies for how much the filling makes. The filling was really sweet, which I guess is ok since it's supposed to be a cream pie. I followed the directions exactly, and I don't know what I did wrong. I guess it might be because I used 2% milk, but they should have told us to use whole milk instead of just "milk". Now I have a soupy mess to try and get rid of.
The BEST pie ever! I've never had so many compliments on a dish. Definitely recommend this!
Very nice.....We cut into it too early.....was not "solid enough" and it fell apart like a pudding. The leftovers this morning look perfectly set. Needs time in the fridge to "set". However, despite our impatience, it was delicious nonetheless! We used real whipping cream and added some vanilla to the custard. mmmmmmm!
Yum! I made this using Shake-a-Pie Crust Recipe #45268 and it was just really great. It is now in my keeper file. I think I ended up using 4 bananas and also used Dream Whip instead of cool whip. Hands down, the best banana pie I have ever personally made. Didn't last a day. Thank you!
Nice and easy recipe. You must be mindful of constantly stirring the filling, as it thickens quickly and risks burning. I would also advise stirring the filling with a whisk, to break up the clumps the flour forms. I used slightly less sugar, and 2 1/2 bananas were plenty. Given the sweetness of the bananas and Cool Whip, the reduced sugar worked well.
I didn't love the consistency of the "cream" in this pie. For me, it was too congealed. I followed the instructions to the letter, the ONLY change I made was adding a little banana extract with the vanilla extract. i'll try this recipe again & change my review if it comes out better next time. The flavor is wonderful, i just didn't find it "creamy", the way I expected a banana cream pie to be.
